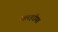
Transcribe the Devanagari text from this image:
मलहरीया